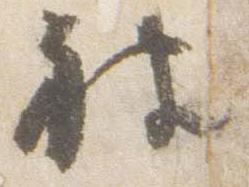
被